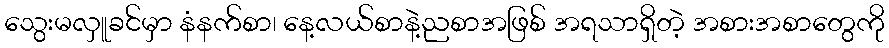
သွေးမလှူခင်မှာ နံနက်စာ၊ နေ့လယ်စာနဲ့ညစာအဖြစ် အရသာရှိတဲ့ အစားအစာတွေကို